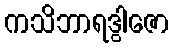
ကသိဘာရဒွါဇော